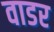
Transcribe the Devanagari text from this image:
वाडर